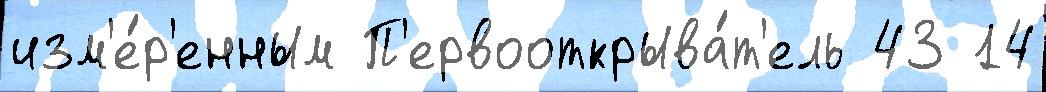
изм'е́р'енным П'ервооткрыва́т'ель 43 14